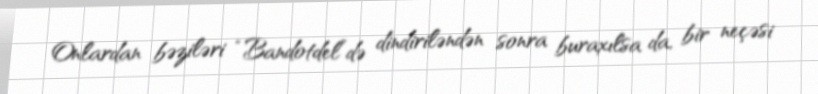
Onlardan bəziləri “Bandotdel”də dindiriləndən sonra buraxılsa da, bir neçəsi